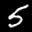
Label: 5